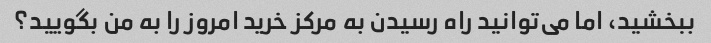
ببخشید، اما می‌توانید راه رسیدن به مرکز خرید امروز را به من بگویید؟